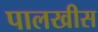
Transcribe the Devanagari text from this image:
पालखीस